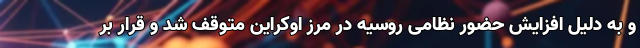
و به دلیل افزایش حضور نظامی روسیه در مرز اوکراین متوقف شد و قرار بر